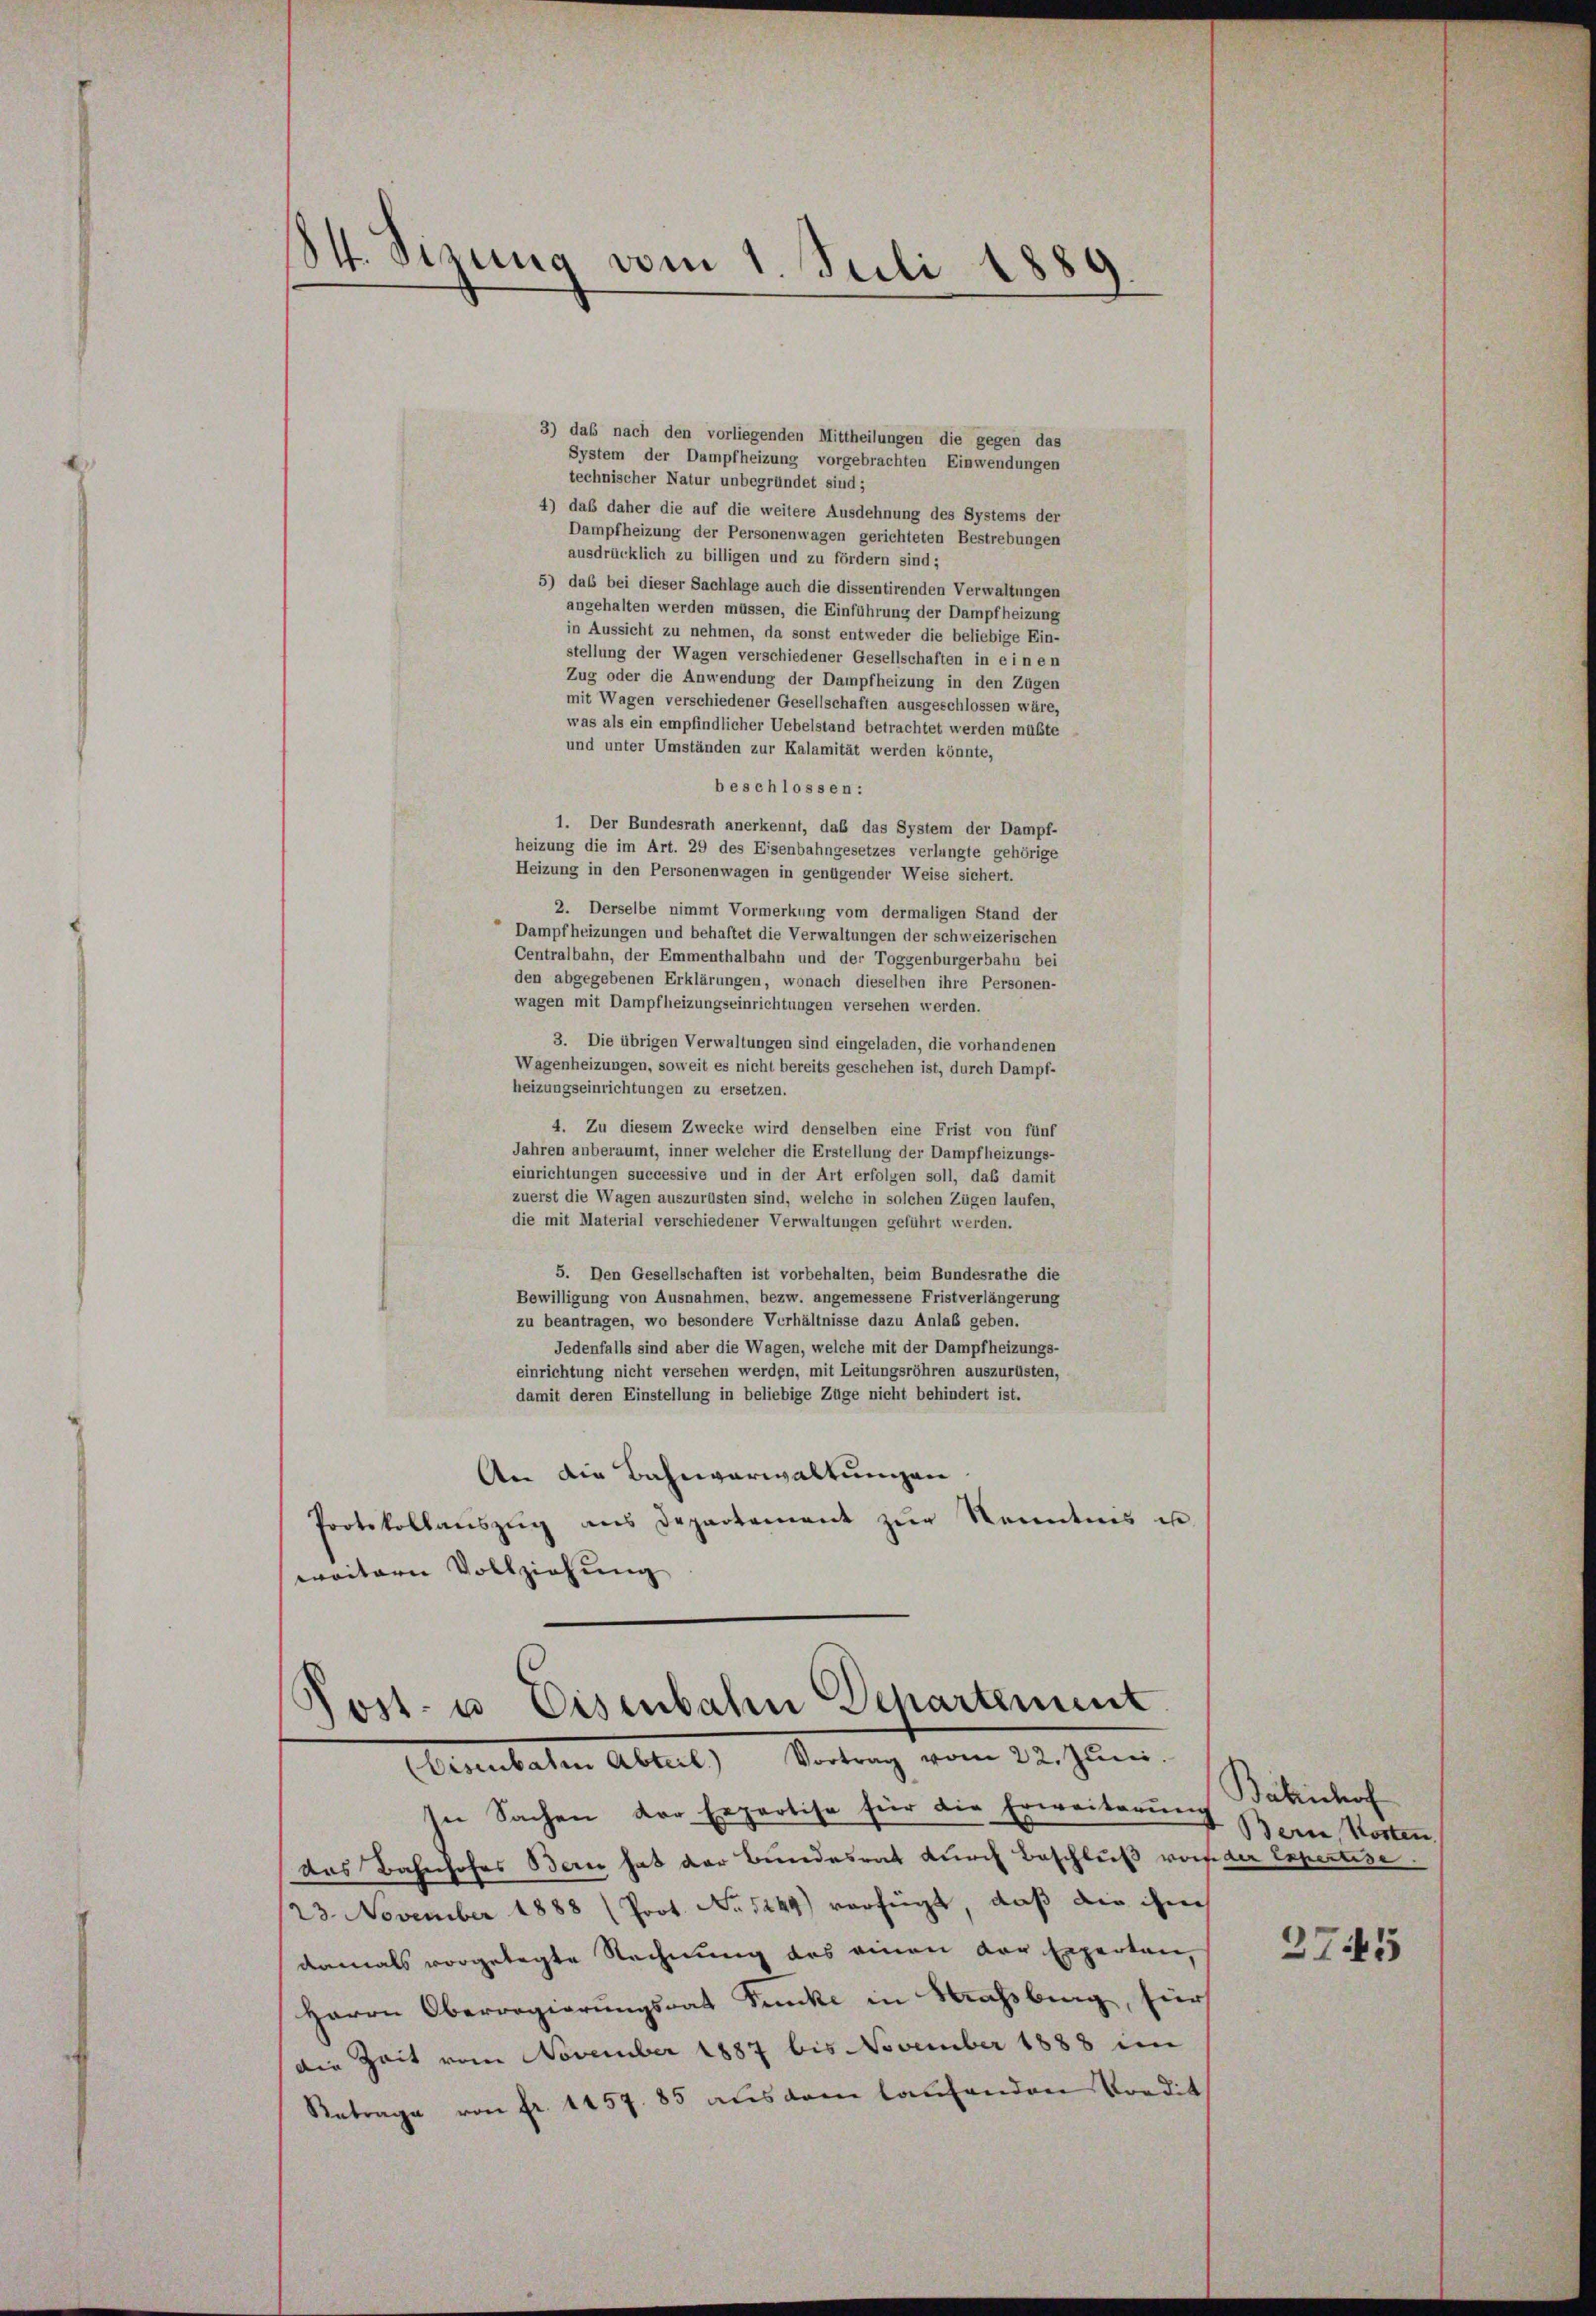
84. Sizung vom 1. Juli 1889.

3) das nach den vorliegenden Mittheilungen die gegen das
System der Dampfheizung vorgebrachten Einwendungen
technischer Natur unbegründet sind;
4) daß daher die auf die weitere Ausdehnung des Systems der
Dampfheizung der Personenwagen gerichteten Bestrebungen
ausdrücklich zu billigen und zu fördern sind;
5) das bei dieser Sachlage auch die dissentirenden Verwaltungen
angehalten werden müssen, die Einführung der Dampfheizung
in Aussicht zu nehmen, da sonst entweder die beliebige Ein-
stellung der Wagen verschiedener Gesellschaften in einen
Zug oder die Anwendung der Dampfheizung in den Zügen
mit Wagen verschiedener Gesellschaften ausgeschlossen wäre,
was als ein empfindlicher Uebelstand betrachtet werden mußte
und unter Umständen zur Kalamität werden könnte,
beschlossen:
1. Der Bundesrath anerkennt, daß das System der Dampf-
heizung die im Art. 29 des Eisenbahngesetzes verlangte gehörige
Heizung in den Personenwagen in genügender Weise sichert.
2. Derselbe nimmt Vormerkung vom dermaligen Stand der
Dampfheizungen und behaftet die Verwaltungen der schweizerischen
Centralbahn, der Emmenthalbahn und der Toggenburgerbahn bei
den abgegebenen Erklärungen, wonach dieselben ihre Personen-
wagen mit Dampfheizungseinrichtungen versehen werden.
3. Die übrigen Verwaltungen sind eingeladen, die vorhandenen
Wagenheizungen, soweit es nicht bereits geschehen ist, durch Dampf-
heizungseinrichtungen zu ersetzen.
4. Zu diesem Zwecke wird denselben eine Frist von fünf
Jahren anberaumt, inner welcher die Erstellung der Dampfheizungs-
einrichtungen successive und in der Art erfolgen soll, daß damit
zuerst die Wagen auszurüsten sind, welche in solchen Zügen laufen,
die mit Material verschiedener Verwaltungen geführt werden.
5. Den Gesellschaften ist vorbehalten, beim Bundesrathe die
Bewilligung von Ausnahmen, bezw. angemessene Fristverlängerung
zu beantragen, wo besondere Verhältnisse dazu Anlaß geben.
Jedenfalls sind aber die Wagen, welche mit der Dampfheizungs-
einrichtung nicht versehen werden, mit Leitungsröhren auszurüsten,
damit deren Einstellung in beliebige Züge nicht behindert ist.
An die Bahnverwaltungen
Protokollaŭszŭg ans Departement zŭr Kenntnis u.
weitern Vollziehung

Post- u. Eisenbahn Departement
(Eisenbaten Abteil) Vortrag vom 22. Juni.

In Sachen der Expertise für die Erweiterung
das Bahnhofes Bern hat der Bundesrat durch Beschluß vor der Expertise.
/23. November 1888 (Prot. No 1249) verfügt, daß die ihm
damals vorgelegte Rechnung des einen vor Experten,
Herrn Oberregierungsrat Junke in Massburg, für
die Zeit vom November 1887 bis November 1888 im
Retrage von fr. 1157. 85 als dem laufenden Vordit

Babischof
Berne, Kosten
2745